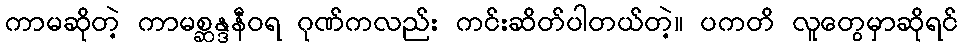
ကာမဆိုတဲ့ ကာမစ္ဆန္ဒနီဝရ ဂုဏ်ကလည်း ကင်းဆိတ်ပါတယ်တဲ့။ ပကတိ လူတွေမှာဆိုရင်